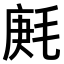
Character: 𣮒